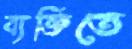
ব্যক্তিতে